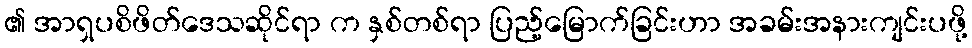
၏ အာရှပစိဖိတ်ဒေသဆိုင်ရာ က နှစ်တစ်ရာ ပြည့်မြောက်ခြင်းဟာ အခမ်းအနားကျင်းပဖို့